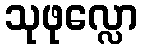
သုဖုလ္လော